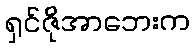
ရှင်ဇိုအာဘေးက